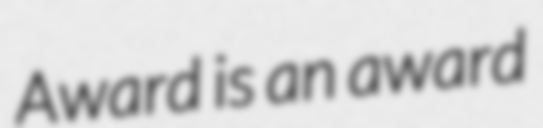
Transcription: Award is an award